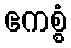
ဧကစ္စံ